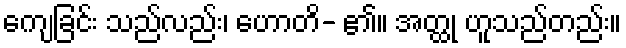
ကျေခြင်း သည်လည်း၊ ဟောတိ- ၏။ အတ္ထု ဟူသည်တည်း။